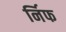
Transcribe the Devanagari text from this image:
र्निफ